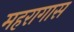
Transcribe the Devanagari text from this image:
महरागास